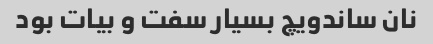
نان ساندویچ بسیار سفت و بیات بود